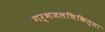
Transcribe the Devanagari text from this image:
गर्भजलचिकित्सा